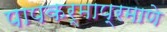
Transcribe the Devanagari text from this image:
पापकर्माप्रमाणे